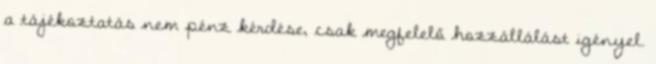
a tájékoztatás nem pénz kérdése, csak megfelelő hozzállálást igényel.